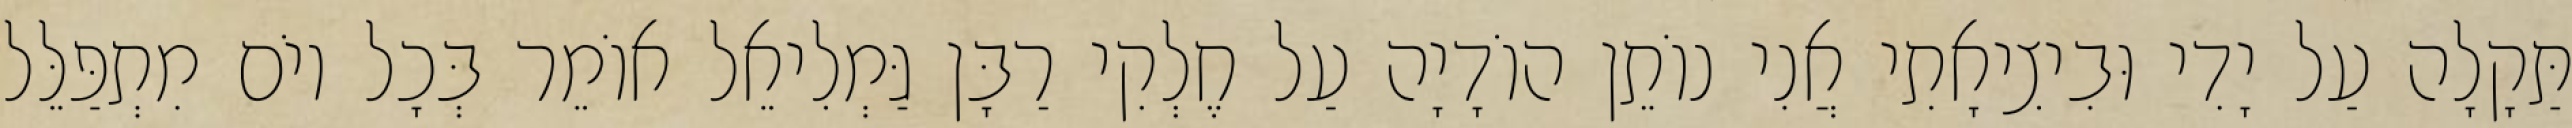
תַּקָלָה עַל יָדִי וּבִיצִיאָתִי אֲנִי נוֹתֵן הוֹדָיָה עַל חֶלְקִי רַבָּן גַּמְלִיאֵל אוֹמֵר בְּכָל יוֹם מִתְפַּלֵּל